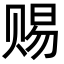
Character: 赐